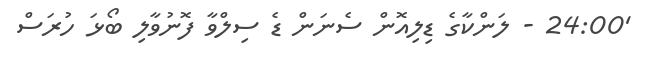
'24:00 - ލަންކާގެ ޑިލިއޮން ސެނަން ޑެ ސިލްވާ ފޮނުވާލި ބޯޅަ ހުރަސް